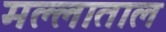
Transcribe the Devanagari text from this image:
मल्लाताल